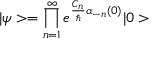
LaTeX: | \psi > = \prod _ { n = 1 } ^ { \infty } e ^ { { \frac { C _ { n } } { \hbar } } \alpha _ { - n } ( 0 ) } | 0 >